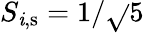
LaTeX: S_{\mathit{i},\mathrm{{s}}}=1/\sqrt{}{{5}}